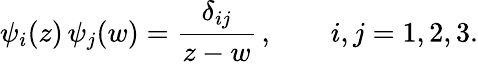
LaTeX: \psi_{i}(z)\, \psi_{j}(w)=\frac{\delta_{ij}}{z-w}\, ,\qquad i,j=1,2,3.